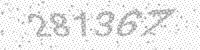
Solution: 281367